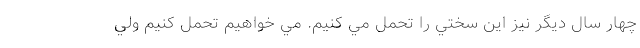
چهار سال ديگر نيز اين سختي را تحمل مي كنيم. مي خواهيم تحمل كنيم ولي